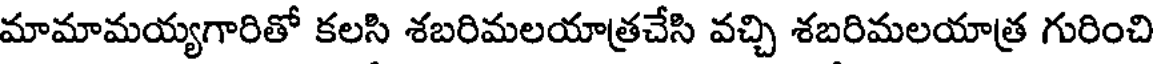
మామామయ్యగారితో కలసి శబరిమలయాత్రచేసి వచ్చి శబరిమలయాత్ర గురించి